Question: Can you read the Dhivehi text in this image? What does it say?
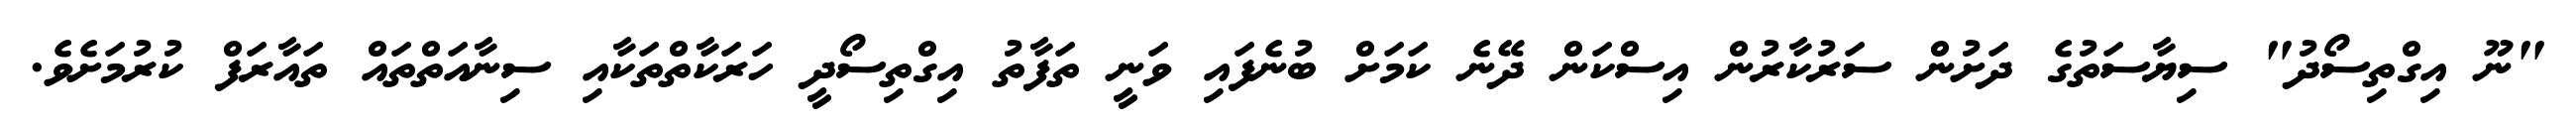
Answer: "ނޫ އިގްތިސޯދު" ސިޔާސަތުގެ ދަށުން ސަރުކާރުން އިސްކަން ދޭނެ ކަމަށް ބުނެފައި ވަނީ ތަފާތު އިގްތިސޯދީ ހަރަކާތްތަކާއި ސިނާއަތްތައް ތައާރަފް ކުރުމަށެވެ.